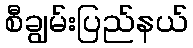
စီချွမ်းပြည်နယ်